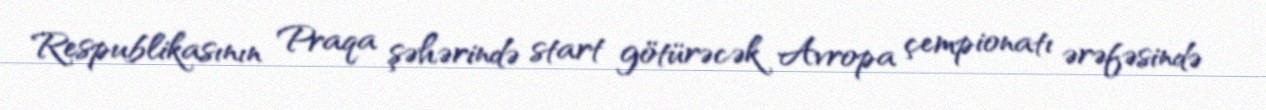
Respublikasının Praqa şəhərində start götürəcək Avropa çempionatı ərəfəsində